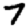
Digit: 7